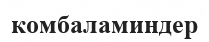
комбаламиндер